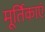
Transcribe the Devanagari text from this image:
मूर्तिकाएं